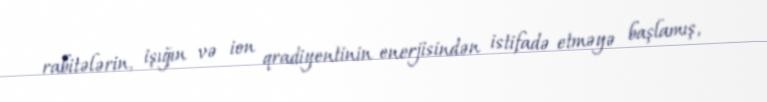
rabitələrin, işığın və ion qradiyentinin enerjisindən istifadə etməyə başlamış,